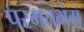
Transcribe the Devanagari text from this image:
परमतभंग